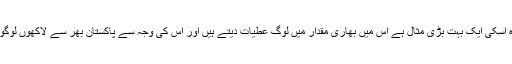
امراض قلب کا قومی ادارہ اسکی ایک بہت بڑی مثال ہے اس میں بھاری مقدار میں لوگ عطیات دیتے ہیں اور اس کی وجہ سے پاکستان بھر سے لاکھوں لوگوں کا مفت علاج ہوتا ہے۔